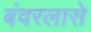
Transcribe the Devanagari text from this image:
बंवरलासे